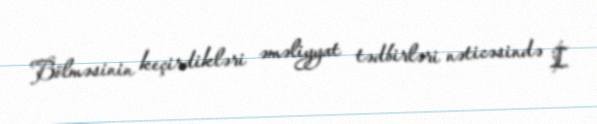
Bölməsinin keçirdikləri əməliyyat tədbirləri nəticəsində İ.